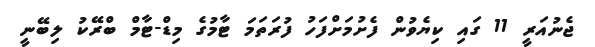
ޖެނުއަރީ 11 ގައި ކިޔެވުން ފެށުމަށްފަހު ފުރަތަމަ ޓާމުގެ މިޑް-ޓާމް ބްރޭކު ލިބޭނީ